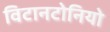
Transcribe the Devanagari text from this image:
विटानटोनियो